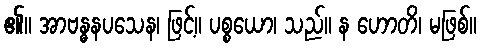
၏။ အာဗန္ဓနပသေန၊ ဖြင့်။ ပစ္စယော၊ သည်။ န ဟောတိ၊ မဖြစ်။